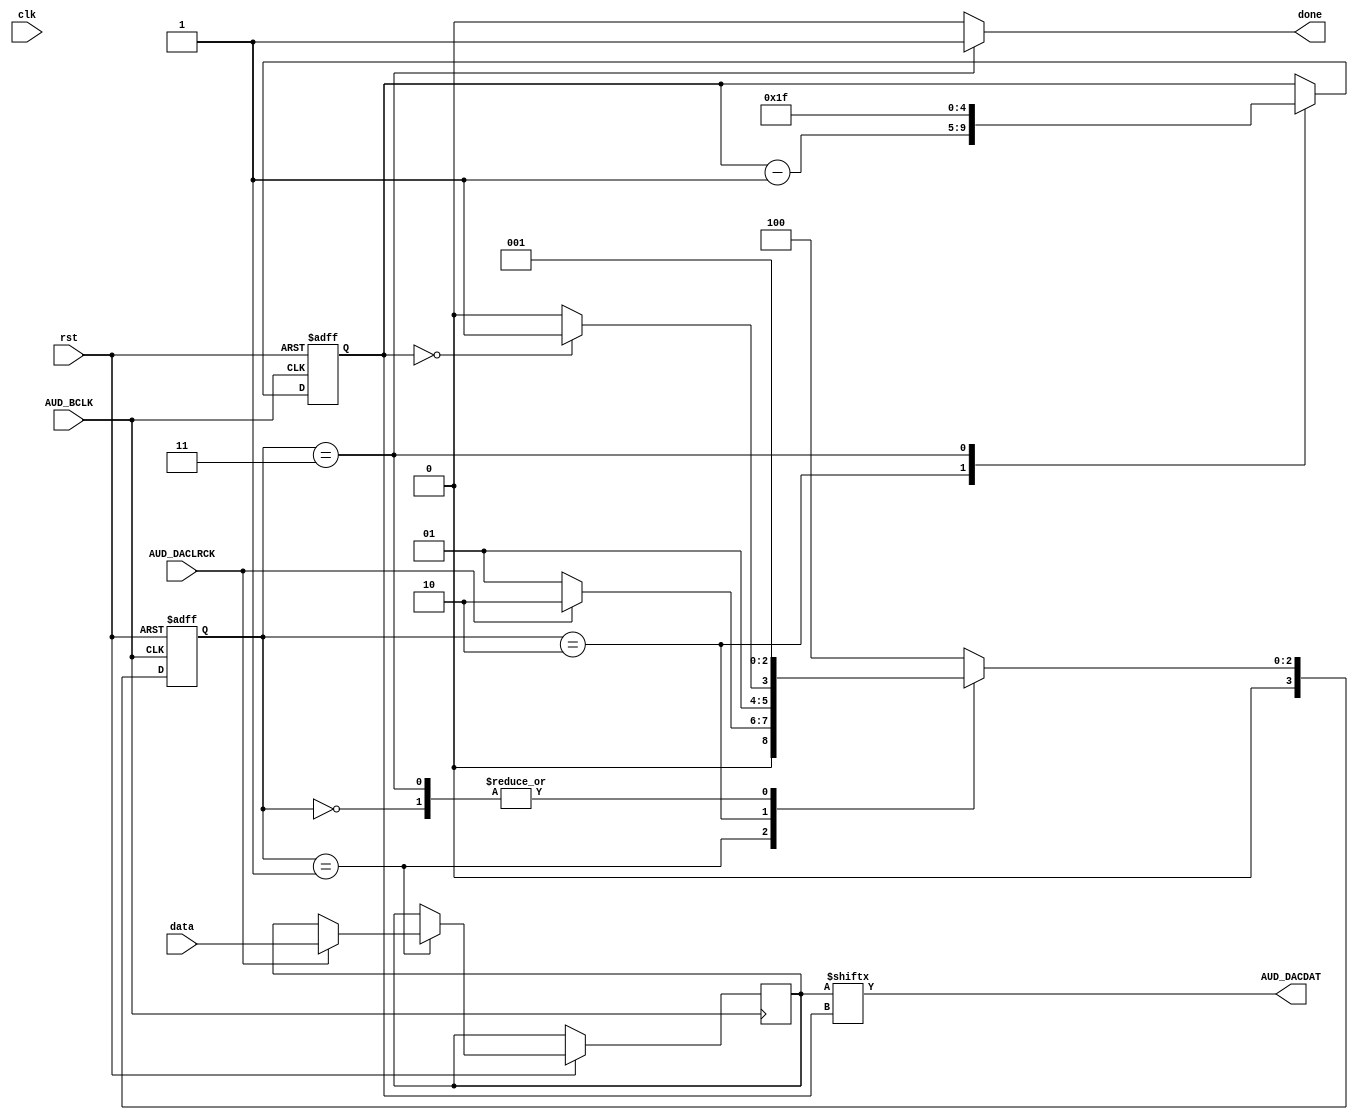
//Created by Austyn Larkin 2016
//All rights reserved

module AudioDAC(
input clk,//50Mhz
input rst,//reset
input AUD_BCLK,//Audio chip clock
input AUD_DACLRCK,//Will go high when ready for data.
input [31:0]data,//The full data we want to send.

output reg done,//Pulses high on done
output reg AUD_DACDAT//The data to send out on each pulse.
);

parameter 
START = 4'd0,
WAIT = 4'd1,
BITS = 4'd2,
DONE = 4'd3,
BAD = 4'd4;

reg [3:0]s;
reg [3:0]ns;


//For sending audio
reg [4:0]countDACBits;
initial countDACBits = 5'd31;
reg [31:0]dataCopy;


always @ (posedge AUD_BCLK or negedge rst)
begin
	if(rst == 0)
		begin
			s <= START;
			countDACBits <= 5'd31;
		end
	else
		begin
			s <= ns;
			
			case(s)
				
				WAIT:
					begin
						
						if(AUD_DACLRCK == 1)
							dataCopy <= data;
					end
				BITS:
					begin
						countDACBits <= countDACBits - 5'd1;
					end	
				DONE:
					begin
						countDACBits <= 5'd31;
					end
			
			endcase
		end
end


always @ (*)
begin
	done = 1'b0;

	case (s)
		START:
			begin
				ns = WAIT;
				
			end
		WAIT:
			begin
				ns = WAIT;
			
				if(AUD_DACLRCK == 1)
					ns = BITS;
			end
		BITS:
			begin
				ns = BITS;
			
				if(countDACBits == 0)
					ns = DONE;
			end
		DONE:
			begin
				done = 1'b1;
				
				ns = WAIT;
			end
		BAD:
			begin
				ns = BAD;
			end
		default:
			begin
				ns = BAD;
			end
	endcase
end

always @ (*)
begin
	AUD_DACDAT = dataCopy[countDACBits];
end



endmodule